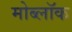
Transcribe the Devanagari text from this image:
मोब्लॉक